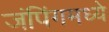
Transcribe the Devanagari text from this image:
जंपिंगमध्ये